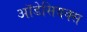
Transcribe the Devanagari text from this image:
ऑडेसियक्स